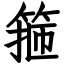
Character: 箍